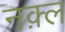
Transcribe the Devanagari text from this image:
नक़्ल